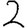
Digit: 2